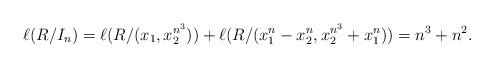
LaTeX: \begin{align*}\ell(R/I_n) = \ell(R/(x_1, x_2^{n^3}))+\ell(R/(x_1^n-x_2^n, x_2^{n^3}+x_1^n)) = n^3+n^2.\end{align*}